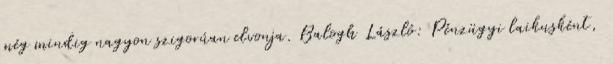
még mindig nagyon szigorúan elvonja. Balogh László: Pénzügyi laikusként,